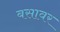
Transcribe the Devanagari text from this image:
बसावर